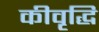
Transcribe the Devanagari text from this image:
कीवृद्धि